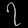
Digit: ၇